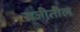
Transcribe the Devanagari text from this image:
राजीतील